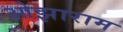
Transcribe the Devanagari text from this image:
ओझाराम